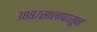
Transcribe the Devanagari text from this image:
१८९७सालापासून